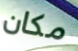
مكان